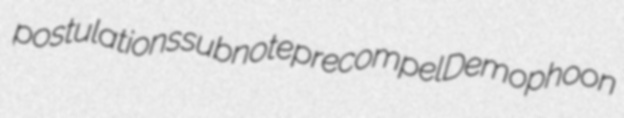
postulations subnote precompel Demophoon